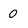
Character: 0